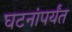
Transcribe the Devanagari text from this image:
घटनांपर्यंत